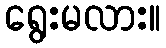
ရွေးမလား။